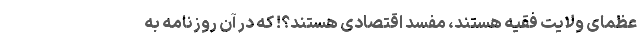
عظمای ولایت فقیه هستند، مفسد اقتصادی هستند؟! که در آن روزنامه به‌